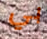
بي